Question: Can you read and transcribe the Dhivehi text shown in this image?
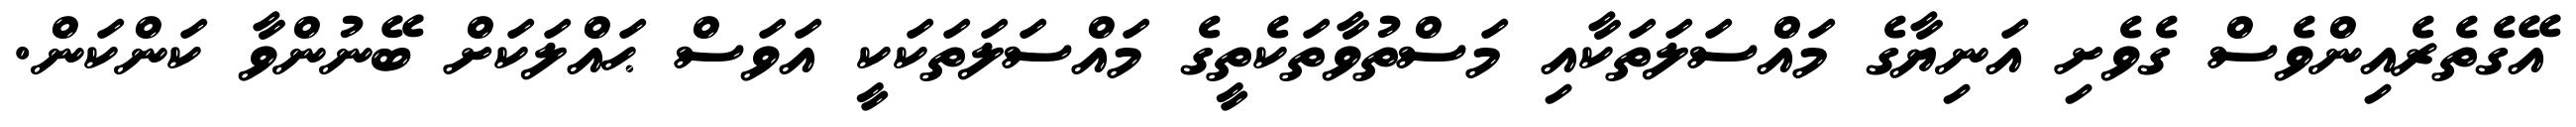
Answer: އޭގެތެރެއިންވެސް ގެވެށި އަނިޔާގެ މައްސަލަތަކާއި މަސްތުވާތަކެތީގެ މައްސަލަތަކަކީ އަވަސް ޙައްލަކަށް ބޭނުންވާ ކަންކަން.